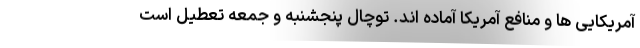
آمریکایی ها و منافع آمریکا آماده اند. توچال پنجشنبه و جمعه تعطیل است